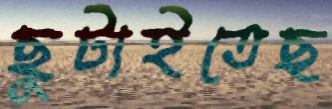
ছুটাইতেছ